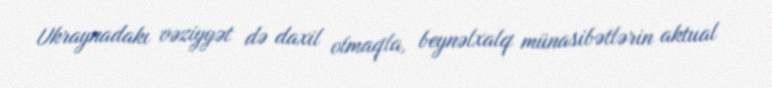
Ukraynadakı vəziyyət də daxil olmaqla, beynəlxalq münasibətlərin aktual